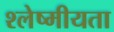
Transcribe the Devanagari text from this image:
श्लेष्मीयता